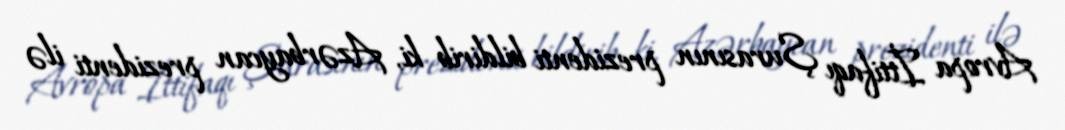
Avropa İttifaqı Şurasının prezidenti bildirib ki, Azərbaycan prezidenti ilə